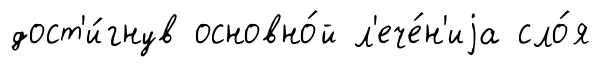
дост'и́гнув основно́й л'ече́н'иjа сло́я